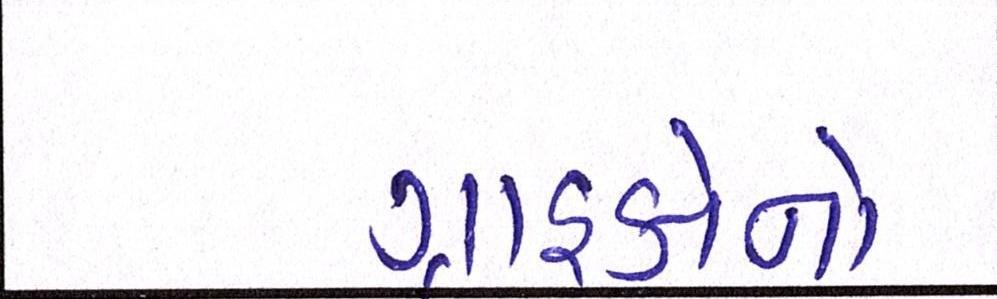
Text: ગ્રાહકોનો